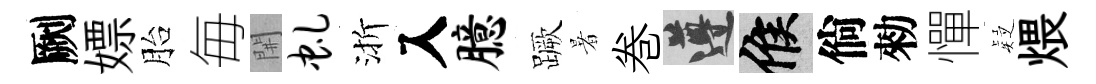
劂嫖胎毎𨳩虬渐入臆蹶暑巻遵候倘勑憚疑煨